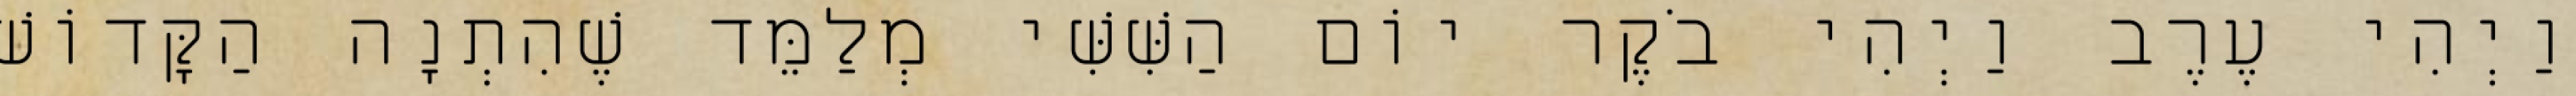
וַיְהִי עֶרֶב וַיְהִי בֹקֶר יוֹם הַשִּׁשִּׁי מְלַמֵּד שֶׁהִתְנָה הַקָּדוֹשׁ